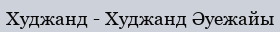
Худжанд - Худжанд Әуежайы